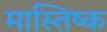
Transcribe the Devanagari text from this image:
मास्तिष्क